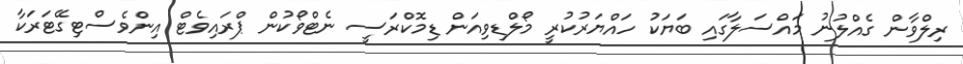
ރިލްވާން ގެއްލުނު މައްސަލާގައި ބަޔަކު ހައްޔަރުކުރީ މޯލްޑިވިއަން ޑިމޮކްރަސީ ނެޓްވޯކުން ޕްރައިވެޓް އިންވެސްޓިގޭޓަރަކާ